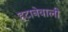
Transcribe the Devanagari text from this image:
हटानेवाली